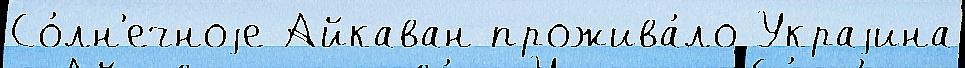
Со́лн'ечноjе Айкаван прожива́ло Украjина